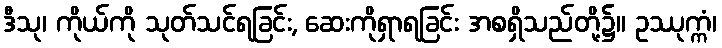
ဒီသု၊ ကိုယ်ကို သုတ်သင်ရခြင်း, ဆေးကိုရှာရခြင်း အစရှိသည်တို့၌။ ဥဿုက္ကံ၊